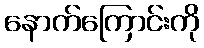
နောက်ကြောင်းကို